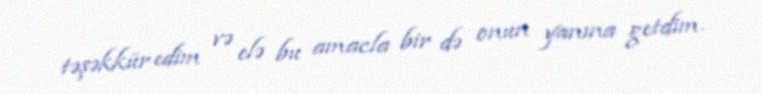
təşəkkür edim və elə bu amacla bir də onun yanına getdim.